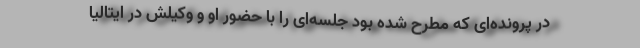
در پرونده‌ای که مطرح شده بود جلسه‌ای را با حضور او و وکیلش در ایتالیا